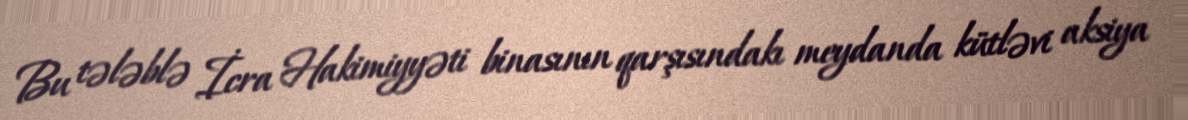
Bu tələblə İcra Hakimiyyəti binasının qarşısındakı meydanda kütləvi aksiya